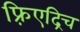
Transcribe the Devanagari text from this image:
फ़्रिएद्रिच